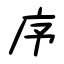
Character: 序